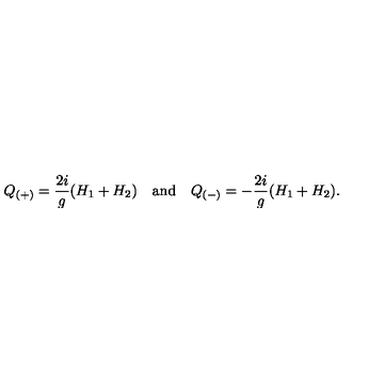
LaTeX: Q _ { ( + ) } = { \frac { 2 i } { g } } ( H _ { 1 } + H _ { 2 } ) \quad \mathrm { a n d } \quad Q _ { ( - ) } = - { \frac { 2 i } { g } } ( H _ { 1 } + H _ { 2 } ) .